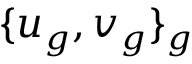
\{ u _ { g } , v _ { g } \} _ { g }